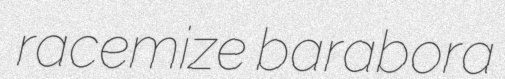
racemize barabora